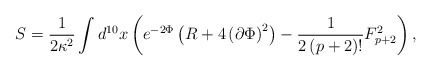
\begin{align*}S = \frac{1}{2\kappa^2} \int d^{10}x\left( e^{-2\Phi}\left( R+4\left( \partial \Phi\right)^2\right) - \frac{1}{2\left( p+2\right)!} F_{p+2}^2\right) ,\end{align*}